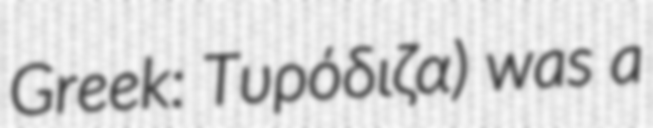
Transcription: Greek: Τυρόδιζα) was a